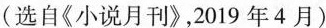
(选自《小说月刊》,2019年4月)